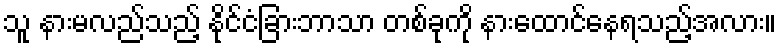
သူ နားမလည်သည့် နိုင်ငံခြားဘာသာ တစ်ခုကို နားထောင်နေရသည့်အလား။